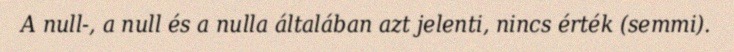
A null-, a null és a nulla általában azt jelenti, nincs érték (semmi).